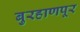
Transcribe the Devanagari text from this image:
बुरहाणपूर